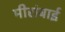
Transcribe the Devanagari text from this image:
मीरांबाई